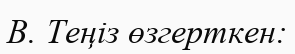
В. Теңіз өзгерткен: